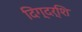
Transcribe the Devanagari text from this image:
दिग्दर्शि